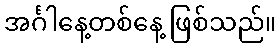
အင်္ဂါနေ့တစ်နေ့ ဖြစ်သည်။